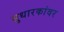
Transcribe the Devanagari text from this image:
सुधारकांवर